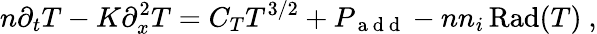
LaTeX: n\partial_{t}T-K\partial_{x}^{2}T=C_{T}T^{3/2}+P_{\mathrm{~a~d~d~}}-nn_{i}\operatorname{Rad}(T)~,